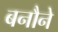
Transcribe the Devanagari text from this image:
बनौने